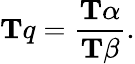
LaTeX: \mathbf{T}q={\frac{\mathbf{T}\alpha}{\mathbf{T}\beta}}.